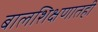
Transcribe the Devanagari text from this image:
बालशिक्षणातही